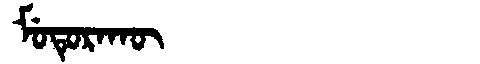
Manchu: ᠮᡠᡨᡠᡵᠠᡴᡡ
Romanization: MUTURAKŪ